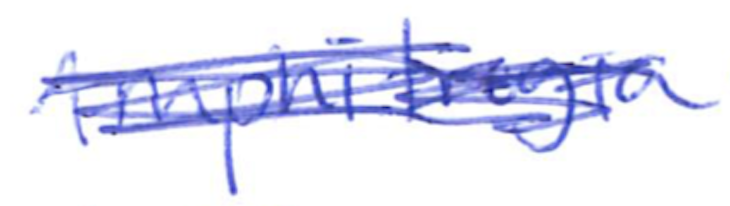
Text: Amphitrogia
Cross-out: scratch
Writing tool: ballpoint